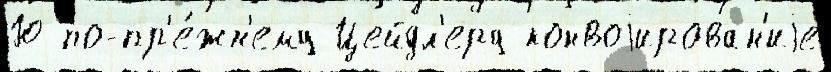
Ю по-пр'е́жн'ему Цейдл'еру конвоjирован'иjе